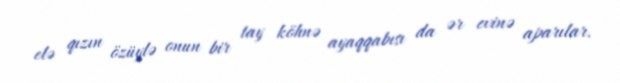
elə qızın özüylə onun bir tay köhnə ayaqqabısı da ər evinə aparılar.